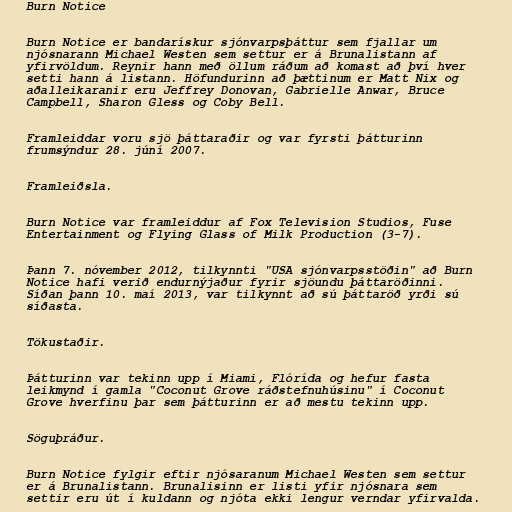
Burn Notice

Burn Notice er bandarískur sjónvarpsþáttur sem fjallar um
njósnarann Michael Westen sem settur er á Brunalistann af
yfirvöldum. Reynir hann með öllum ráðum að komast að því hver
setti hann á listann. Höfundurinn að þættinum er Matt Nix og
aðalleikaranir eru Jeffrey Donovan, Gabrielle Anwar, Bruce
Campbell, Sharon Gless og Coby Bell.

Framleiddar voru sjö þáttaraðir og var fyrsti þátturinn
frumsýndur 28. júní 2007.

Framleiðsla.

Burn Notice var framleiddur af Fox Television Studios, Fuse
Entertainment og Flying Glass of Milk Production (3-7).

Þann 7. nóvember 2012, tilkynnti "USA sjónvarpsstöðin" að Burn
Notice hafi verið endurnýjaður fyrir sjöundu þáttaröðinni.
Síðan þann 10. maí 2013, var tilkynnt að sú þáttaröð yrði sú
síðasta.

Tökustaðir.

Þátturinn var tekinn upp í Miami, Flórída og hefur fasta
leikmynd í gamla "Coconut Grove ráðstefnuhúsinu" í Coconut
Grove hverfinu þar sem þátturinn er að mestu tekinn upp.

Söguþráður.

Burn Notice fylgir eftir njósaranum Michael Westen sem settur
er á Brunalistann. Brunalisinn er listi yfir njósnara sem
settir eru út í kuldann og njóta ekki lengur verndar yfirvalda.